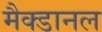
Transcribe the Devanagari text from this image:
मैक्डानल